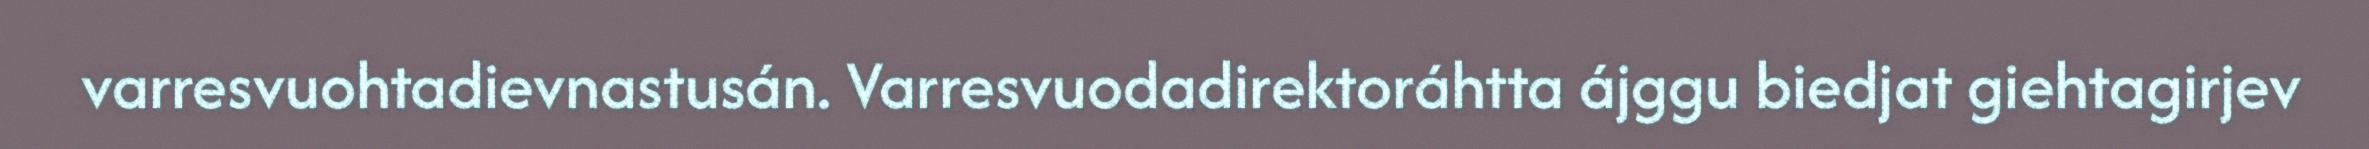
varresvuohtadievnastusán. Varresvuodadirektoráhtta ájggu biedjat giehtagirjev